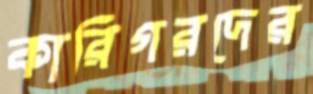
কারিগরদের